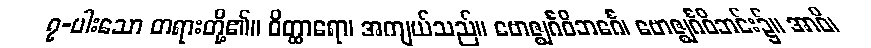
၇-ပါးသော တရားတို့၏။ ဝိတ္ထာရော၊ အကျယ်သည်။ ဗောဇ္ဈင်္ဂဝိဘင်္ဂေ၊ ဗောဇ္ဈင်္ဂဝိဘင်း၌။ အာဝိ၊